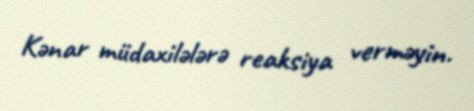
Kənar müdaxilələrə reaksiya verməyin.